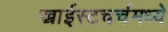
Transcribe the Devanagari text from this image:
ख्राईस्टचर्चमध्ये